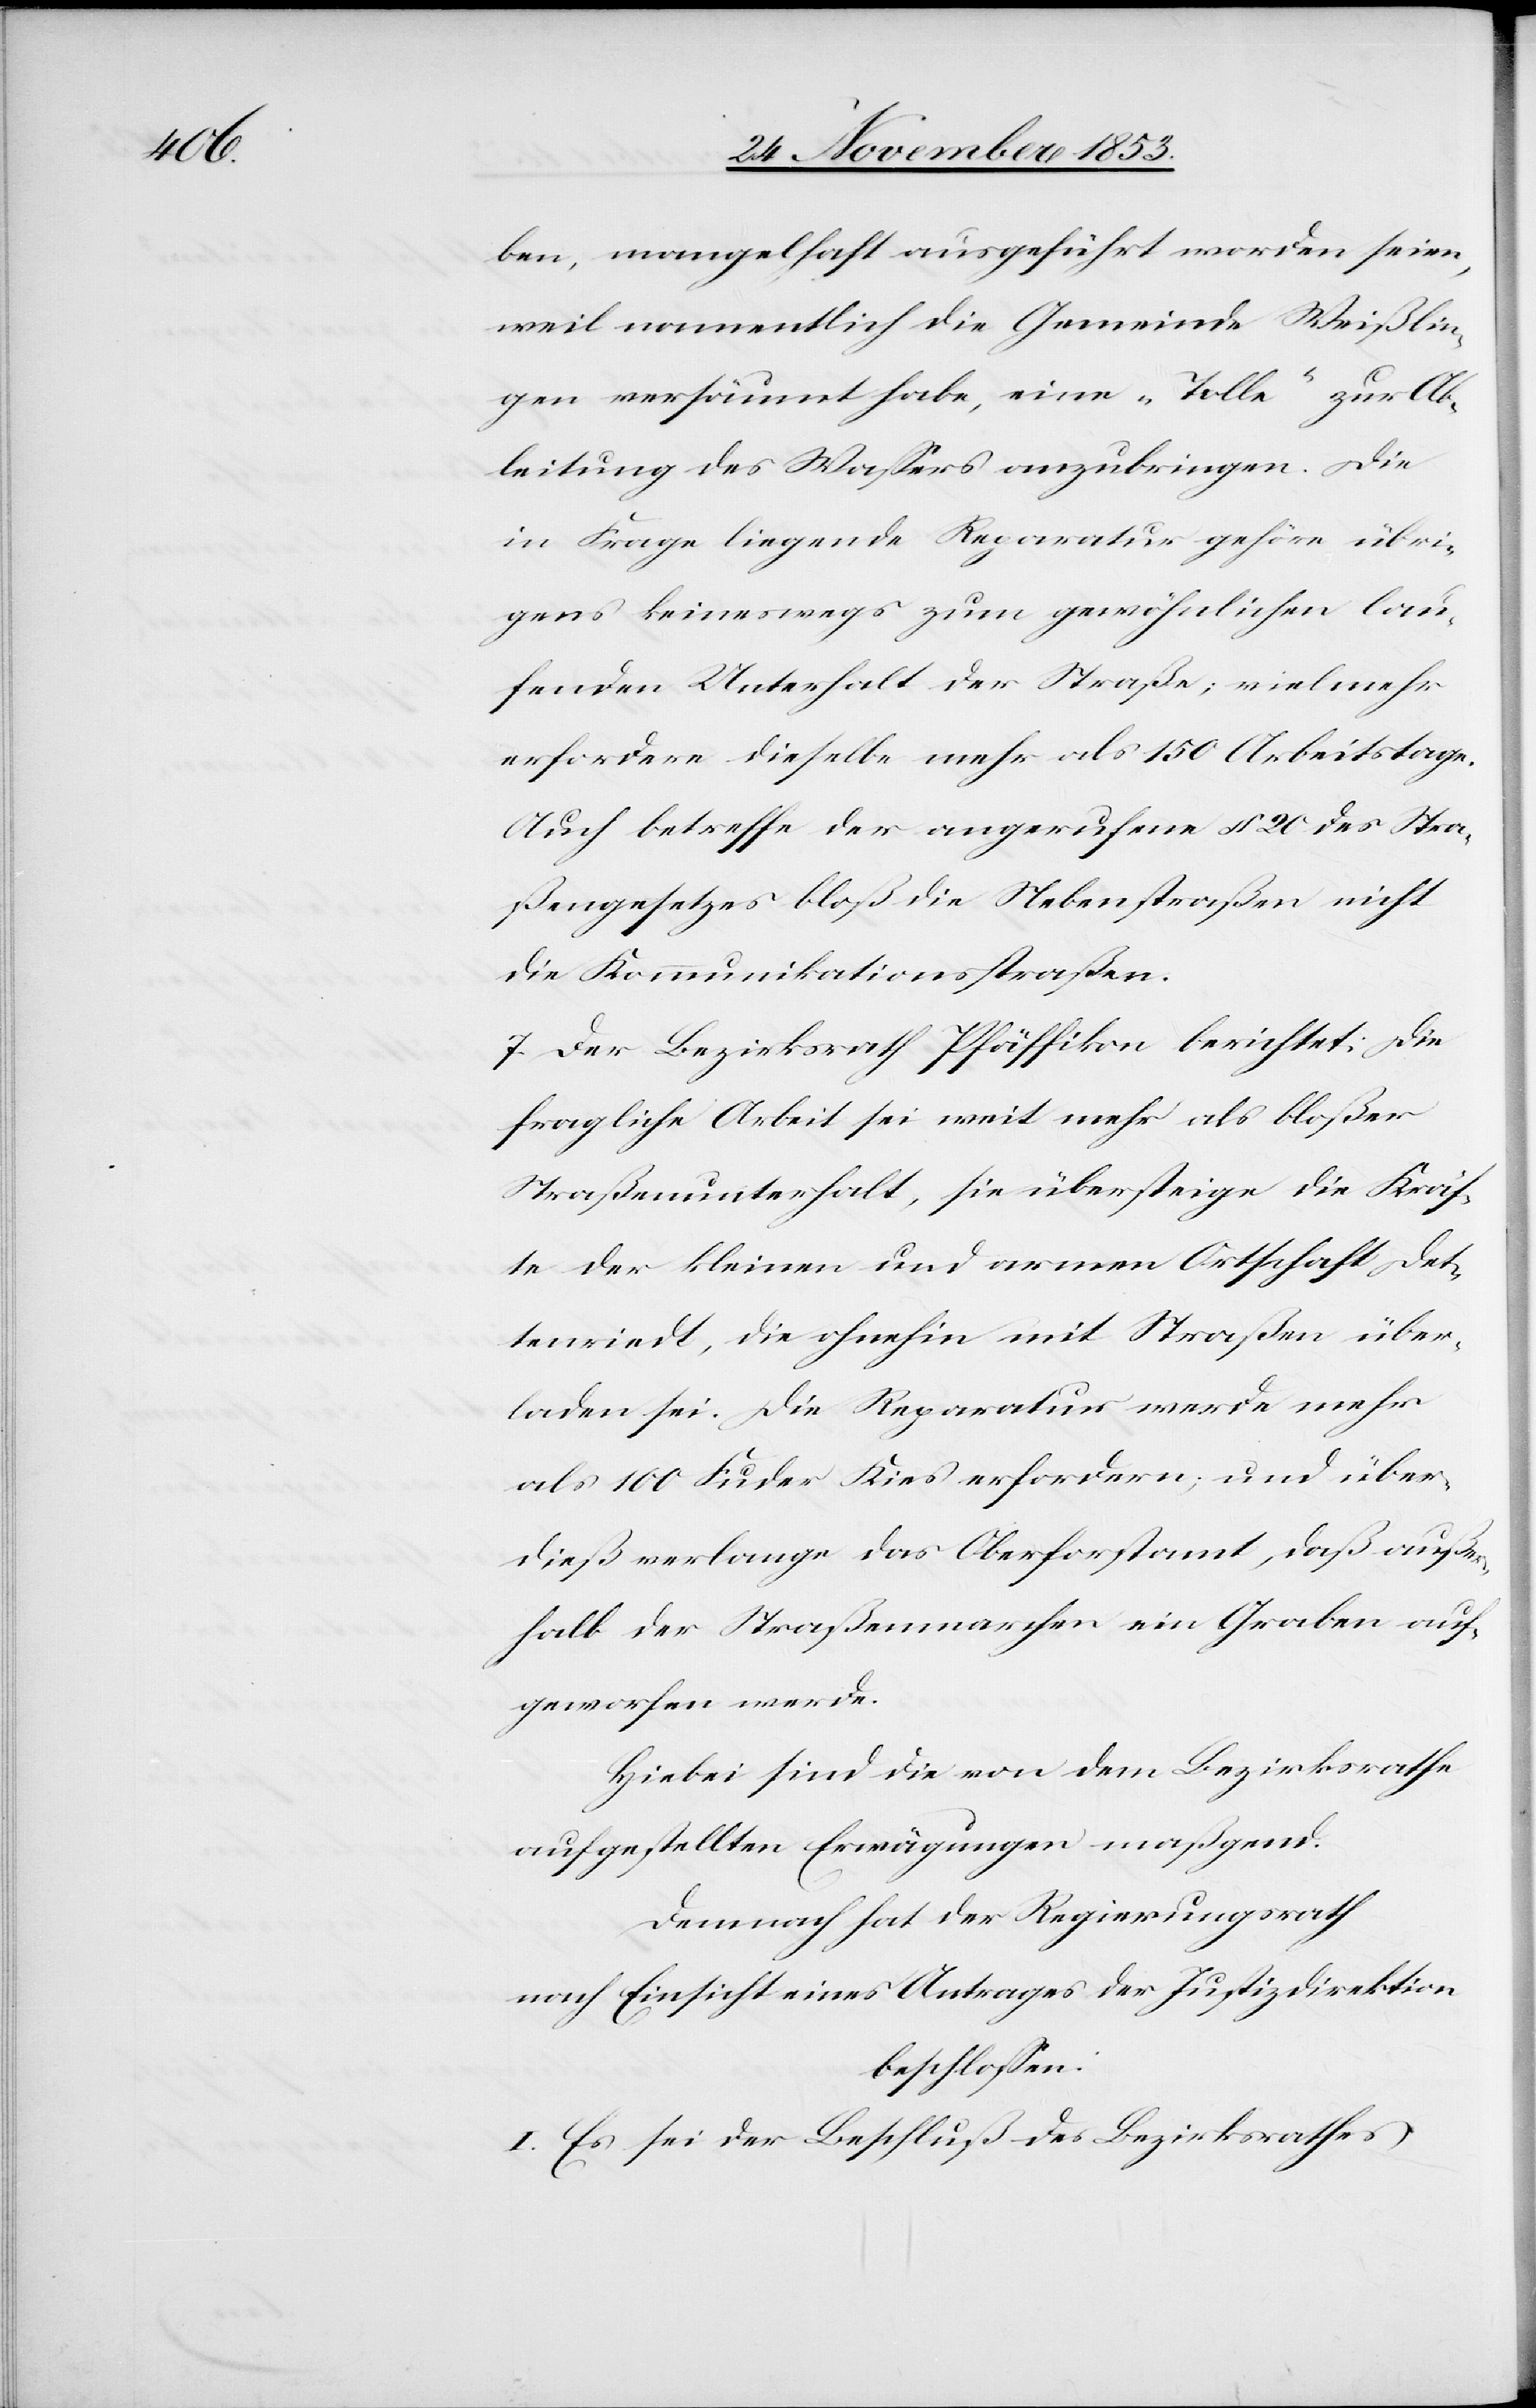
ben, mangelhaft ausgeführt worden seien,
weil namentlich die Gemeinde Weißlin¬
gen versäumt habe, eine „Tolle“ zur Ab¬
leitung des Waßers anzubringen. Die
in Frage liegende Reparatur gehöre übri¬
gens keineswegs zum gewöhnlichen lau¬
fenden Unterhalt der Straße; vielmehr
erfordere dieselbe mehr als 150 Arbeitstage.
Auch betreffe der angerufene § 20 des Stra¬
ßengesetzes bloß die Nebenstraßen nicht
die Kommunikationsstraßen.
7. Der Bezirksrath Pfäffikon berichtet: Die
fragliche Arbeit sei weit mehr als bloßer
Straßenunterhalt, sie übersteige die Kräf¬
te der kleinen und armen Ortschaft Det¬
tenriedt, die ohnehin mit Straßen über¬
laden sei. Die Reparatur werde mehr
als 100 Fuder Kies erfordern; und über¬
dieß verlange das Oberforstamt, daß außer¬
halb der Straßenmarchen ein Graben auf¬
geworfen werde.
Hiebei sind die von dem Bezirksrathe
aufgestellten Erwägungen maßgebend.
Demnach hat der Regierungsrath
nach Einsicht eines Antrages der Justizdirektion
beschloßen:
I. Es sei der Beschluß des Bezirksrathes